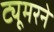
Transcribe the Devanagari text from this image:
ट्यूमरने